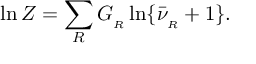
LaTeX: \ln { \cal Z } = \sum _ { R } G _ { _ R } \ln \{ \bar { \nu } _ { _ R } + 1 \} .